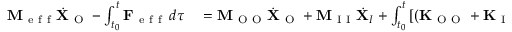
\begin{array} { r l } { \mathbf { M } _ { \mathrm { ~ e ~ f ~ f ~ } } \dot { \mathbf { X } } _ { \mathrm { ~ O ~ } } - \int _ { t _ { 0 } } ^ { t } \mathbf { F } _ { \mathrm { ~ e ~ f ~ f ~ } } \, d \tau } & { { } = \mathbf { M } _ { \mathrm { ~ O ~ O ~ } } \dot { \mathbf { X } } _ { \mathrm { ~ O ~ } } + \mathbf { M } _ { \mathrm { ~ I ~ I ~ } } \dot { \mathbf { X } } _ { I } + \int _ { t _ { 0 } } ^ { t } \left[ ( \mathbf { K } _ { \mathrm { ~ O ~ O ~ } } + \mathbf { K } _ { \mathrm { ~ I ~ O ~ } } ) \mathbf { X } _ { \mathrm { ~ O ~ } } + ( \mathbf { K } _ { \mathrm { ~ I ~ I ~ } } + \mathbf { K } _ { \mathrm { ~ O ~ I ~ } } ) \mathbf { X } _ { \mathrm { ~ I ~ } } \right] \, d \tau } \end{array}